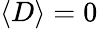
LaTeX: \langle D\rangle=0